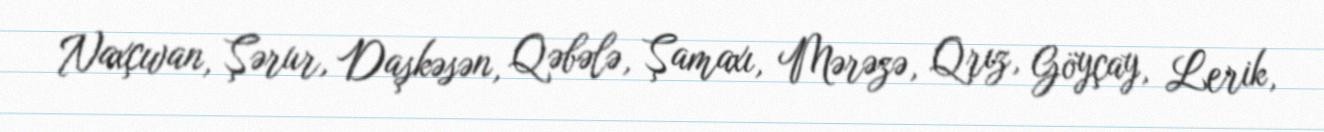
Naxçıvan, Şərur, Daşkəsən, Qəbələ, Şamaxı, Mərəzə, Qrız, Göyçay, Lerik,